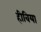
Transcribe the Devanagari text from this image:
हीविया